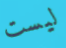
ليست